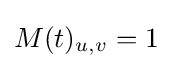
M(t)_{u,v}=1